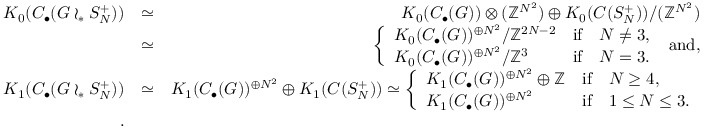
\begin{array} { r l r } { K _ { 0 } ( C _ { \bullet } ( G \wr _ { * } S _ { N } ^ { + } ) ) } & { \simeq } & { K _ { 0 } ( C _ { \bullet } ( G ) ) \otimes ( \mathbb { Z } ^ { N ^ { 2 } } ) \oplus K _ { 0 } ( C ( S _ { N } ^ { + } ) ) / ( \mathbb { Z } ^ { N ^ { 2 } } ) } \\ & { \simeq } & { \left\{ \begin{array} { l c l } { K _ { 0 } ( C _ { \bullet } ( G ) ) ^ { \oplus N ^ { 2 } } / \mathbb { Z } ^ { 2 N - 2 } } & { \mathrm { i f } } & { N \neq 3 , } \\ { K _ { 0 } ( C _ { \bullet } ( G ) ) ^ { \oplus N ^ { 2 } } / \mathbb { Z } ^ { 3 } } & { \mathrm { i f } } & { N = 3 . } \end{array} \right. \mathrm { ~ a n d , } } \\ { K _ { 1 } ( C _ { \bullet } ( G \wr _ { * } S _ { N } ^ { + } ) ) } & { \simeq } & { K _ { 1 } ( C _ { \bullet } ( G ) ) ^ { \oplus N ^ { 2 } } \oplus K _ { 1 } ( C ( S _ { N } ^ { + } ) ) \simeq \left\{ \begin{array} { l c l } { K _ { 1 } ( C _ { \bullet } ( G ) ) ^ { \oplus N ^ { 2 } } \oplus \mathbb { Z } } & { \mathrm { i f } } & { N \geq 4 , } \\ { K _ { 1 } ( C _ { \bullet } ( G ) ) ^ { \oplus N ^ { 2 } } } & { \mathrm { i f } } & { 1 \leq N \leq 3 . } \end{array} \right. } \\ { . } \end{array}